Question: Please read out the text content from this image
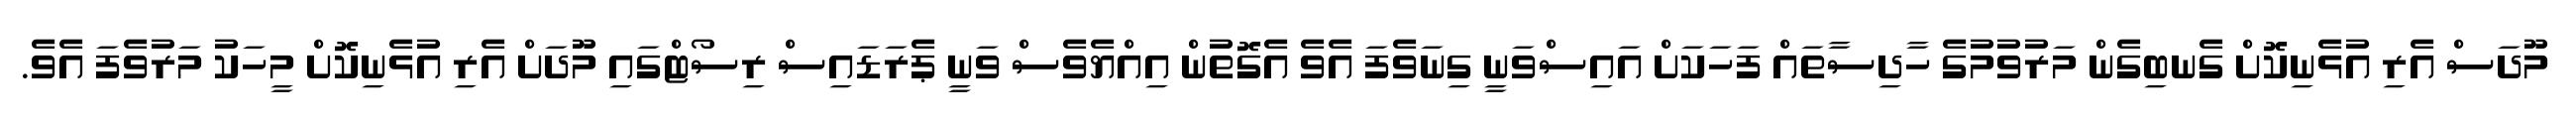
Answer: މޫދަސް އެރި އުޅެނިކޮށް ގެނބިގެން މަރުވުމުގެ ހާދިސާތައް ފަހަކަށް އައިސްވަނީ ގިނަވެފަ އެވެ އެގޮތުން އިއްޔެވެސް ވަނީ ޕެރަޑައިސް ރިސޯޓްގައި މޫދަށް އެރި އުޅެނިކޮށް މީހަކު މަރުވެފަ އެވެ.